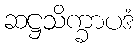
ဆဋ္ဌသိက္ခာပဒံ